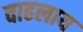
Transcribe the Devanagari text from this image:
वाढलाय